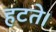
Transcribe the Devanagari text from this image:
हटते।